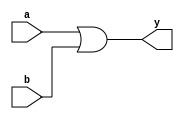
//OR Gate
//Dataflow modelling

module OR_Dataflow(a,b,y);
input a,b;
output y;

assign y = a | b;
endmodule